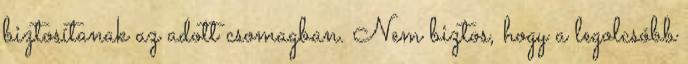
biztosítanak az adott csomagban. Nem biztos, hogy a legolcsóbb